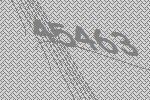
45463